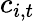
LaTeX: c_{i,t}